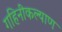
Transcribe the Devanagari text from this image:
गहिनीकल्याण